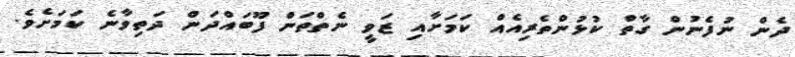
ދެން ނުފެނުން ގާތް ކުޅުންތެރިއެއް ކަމަށާއި ޒަވީ ނެތްތަން ފޫބައްދަން ދަތިވާނެ ކަމަށެވެ.